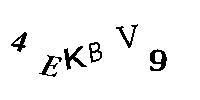
4EKBV9